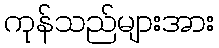
ကုန်သည်များအား